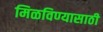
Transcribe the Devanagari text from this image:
मिळविण्‍यासाठी